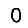
Digit: 0